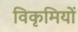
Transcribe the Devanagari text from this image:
विकृमियों